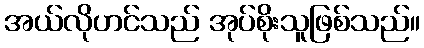
အယ်လိုဟင်သည် အုပ်စိုးသူဖြစ်သည်။